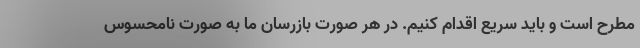
مطرح است و باید سریع اقدام کنیم. در هر صورت بازرسان ما به صورت نامحسوس